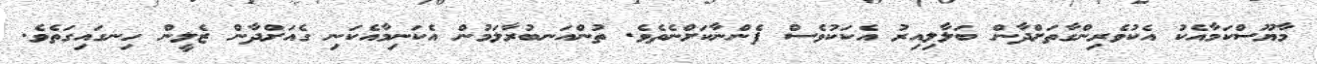
މާޔޫސްކަމާއެކު އެކުވެރިންގާތަށްދާން ބަލާލިއިރު އެކަކުވެސް ފެންނާކަށްނެތެވެ. ތުންއަނބުރާލަމުން އެކަނިމާއެކަނި ގެއަށްދާން ޒެލީން ހިނގައިގަތެވެ.